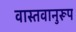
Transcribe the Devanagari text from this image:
वास्तवानुरूप